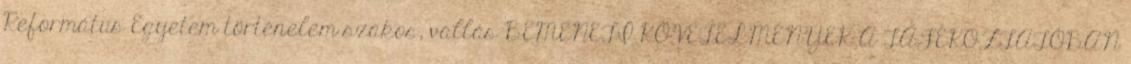
Református Egyetem történelem szakos, vallás BEMENETI KÖVETELMÉNYEK A TÁJÉKOZTATÓBAN